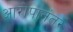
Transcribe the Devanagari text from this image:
आरोपानंतर